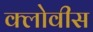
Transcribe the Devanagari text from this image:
क्लोवीस